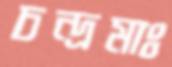
চন্দ্রমাঃ